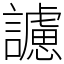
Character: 𧭜